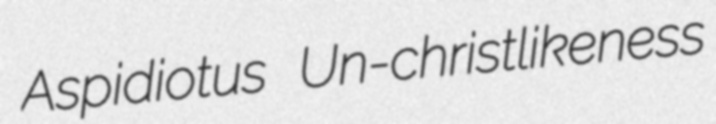
Aspidiotus Un-christlikeness